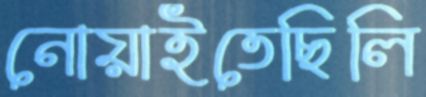
নোয়াইতেছিলি